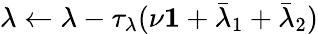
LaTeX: \lambda\leftarrow\lambda-\tau_{\lambda}(\nu\mathbf{1}+\bar{\lambda}_{1}+\bar{\lambda}_{2})